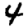
Digit: 4